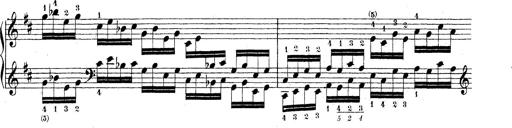
Title: Technische Studien
Composer: Franz Liszt